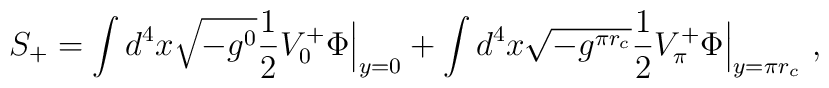
S_{+}= \int d^{4}x\sqrt{-g^{0}}\frac{1}{2}V_{0}^{+}\Phi\Bigr|_{y=0}+\int d^{4}x\sqrt{-g^{\pi r_{c}}}\frac{1}{2}V_{\pi}^{+}\Phi\Bigr|_{y=\pi r_{c}}\ ,